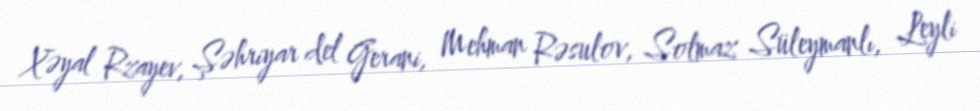
Xəyal Rzayev, Şəhriyar del Gerani, Mehman Rəsulov, Solmaz Süleymanlı, Leyli